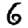
Digit: 6